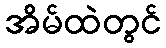
အိမ်ထဲတွင်